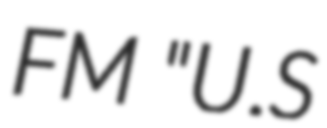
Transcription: FM "U.S